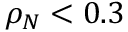
\rho _ { N } < 0 . 3